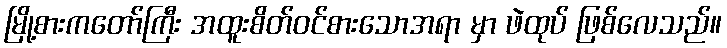
မြို့စားကတော်ကြီး အထူးစိတ်ဝင်စားသောအရာ မှာ ဖဲထုပ် ဖြစ်လေသည်။